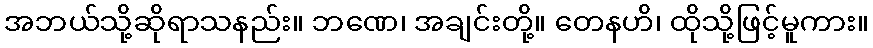
အဘယ်သို့ဆိုရာသနည်း။ ဘဏေ၊ အချင်းတို့။ တေနဟိ၊ ထိုသို့ဖြင့်မူကား။